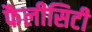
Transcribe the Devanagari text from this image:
फैलीसिटी